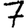
Digit: 7